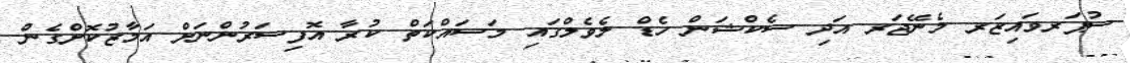
ސުޕަރވައިޒަރ މެނޭޖަރ އަދި ސެކްޝަން ހެޑް ލެވެލްގައި މަސައްކަތް ކުރާ އޮފިސަރުންނަށް އަމާޒުކޮށްގެން